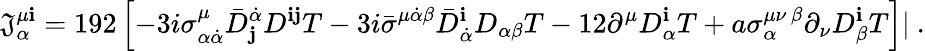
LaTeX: \mathfrak{J}_{\alpha}^{\mu{\mathbf{i}}}=192\left[-3i\sigma_{\alpha\dot{{\alpha}}}^{\mu}{\bar{{D}}}_{\mathbf{j}}^{\dot{{\alpha}}}D^{{\mathbf{i}}{\mathbf{j}}}T-3i{\bar{{\sigma}}}^{\mu\dot{{\alpha}}\beta}{\bar{{D}}}_{\dot{{\alpha}}}^{\mathbf{i}}D_{\alpha\beta}T-12\partial^{\mu}D_{\alpha}^{\mathbf{i}}T+a\sigma_{\alpha}^{\mu\nu\, \beta}\partial_{\nu}D_{\beta}^{\mathbf{i}}T\right]|\ .